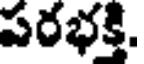
పరభక్తి.